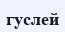
гуслей